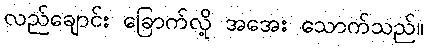
လည်ချောင်း ခြောက်လို့ အအေး သောက်သည်။